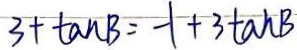
3 + \tan B = - 1 + 3 \tan B